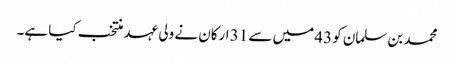
محمد بن سلمان کو 43 میں سے 31 ارکان نے ولی عہد منتخب کیا ہے۔